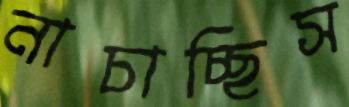
নাচাচ্ছিস